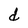
Character: d